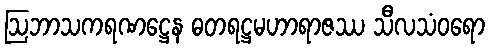
ဩဘာသကရဏဋ္ဌေန ဓတရဋ္ဌမဟာရာဇဿ သီလသံဝရော